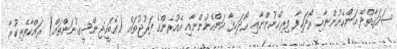
ޞަދަޤާތްދޭ އަންހެނުންނާއި ރޯދަހިފާ ފިރިހެނުންނާއި ރޯދަހިފާ އަންހެނުންނާއި އެއުރެންގެ ފަރުޖުތައް (އެބަހީ:ޖިންސީގުނަންތައް) ރައްކާތެރިކުރާ